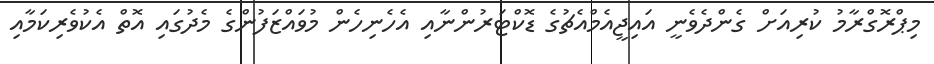
މިޕްރޮގްރާމު ކުރިއަށް ގެންދެވެނީ އައިޖީއެމްއެޗުގެ ޑޮކްޓަރުންނާއި އެހެނިހެން މުވައްޒަފުންގެ މެދުގައި އޮތް އެކުވެރިކަމާއި